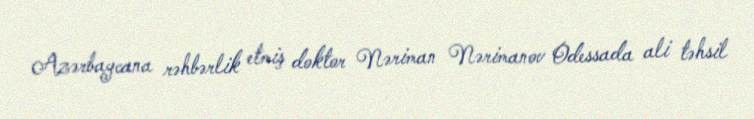
Azərbaycana rəhbərlik etmiş doktor Nəriman Nərimanov Odessada ali təhsil